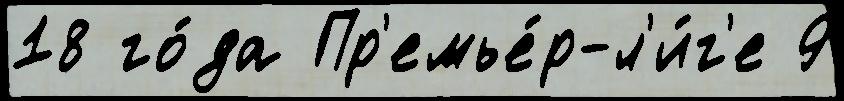
18 го́да Пр'емье́р-л'и́г'е 9